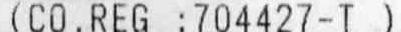
(CO.REG :704427-T)